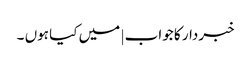
خبردار کا جواب | میں کیا ہوں ۔